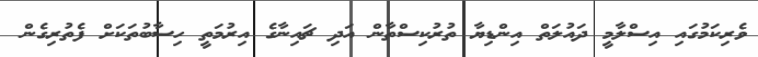
ވެރިކަމުގައި އިސްލާމީ ދައުލަތް އިންޑިޔާ ތުރުކިސްތާން އަދި ޗައިނާގެ އިރުމަތީ ހިސާބުތަކަށް ފެތުރިގެން